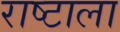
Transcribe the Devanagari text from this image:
राष्टाला